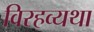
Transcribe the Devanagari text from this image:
विरहव्यथा